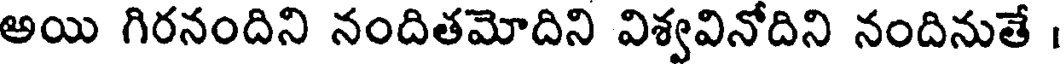
అయి గిరనందిని నందితమోదిని విశ్వవినోదిని నందినుతే